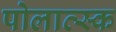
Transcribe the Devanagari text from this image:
पोलात्स्क